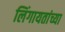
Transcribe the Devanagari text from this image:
लिंगायतांच्या